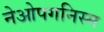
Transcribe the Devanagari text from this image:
नेओपगनिस्म